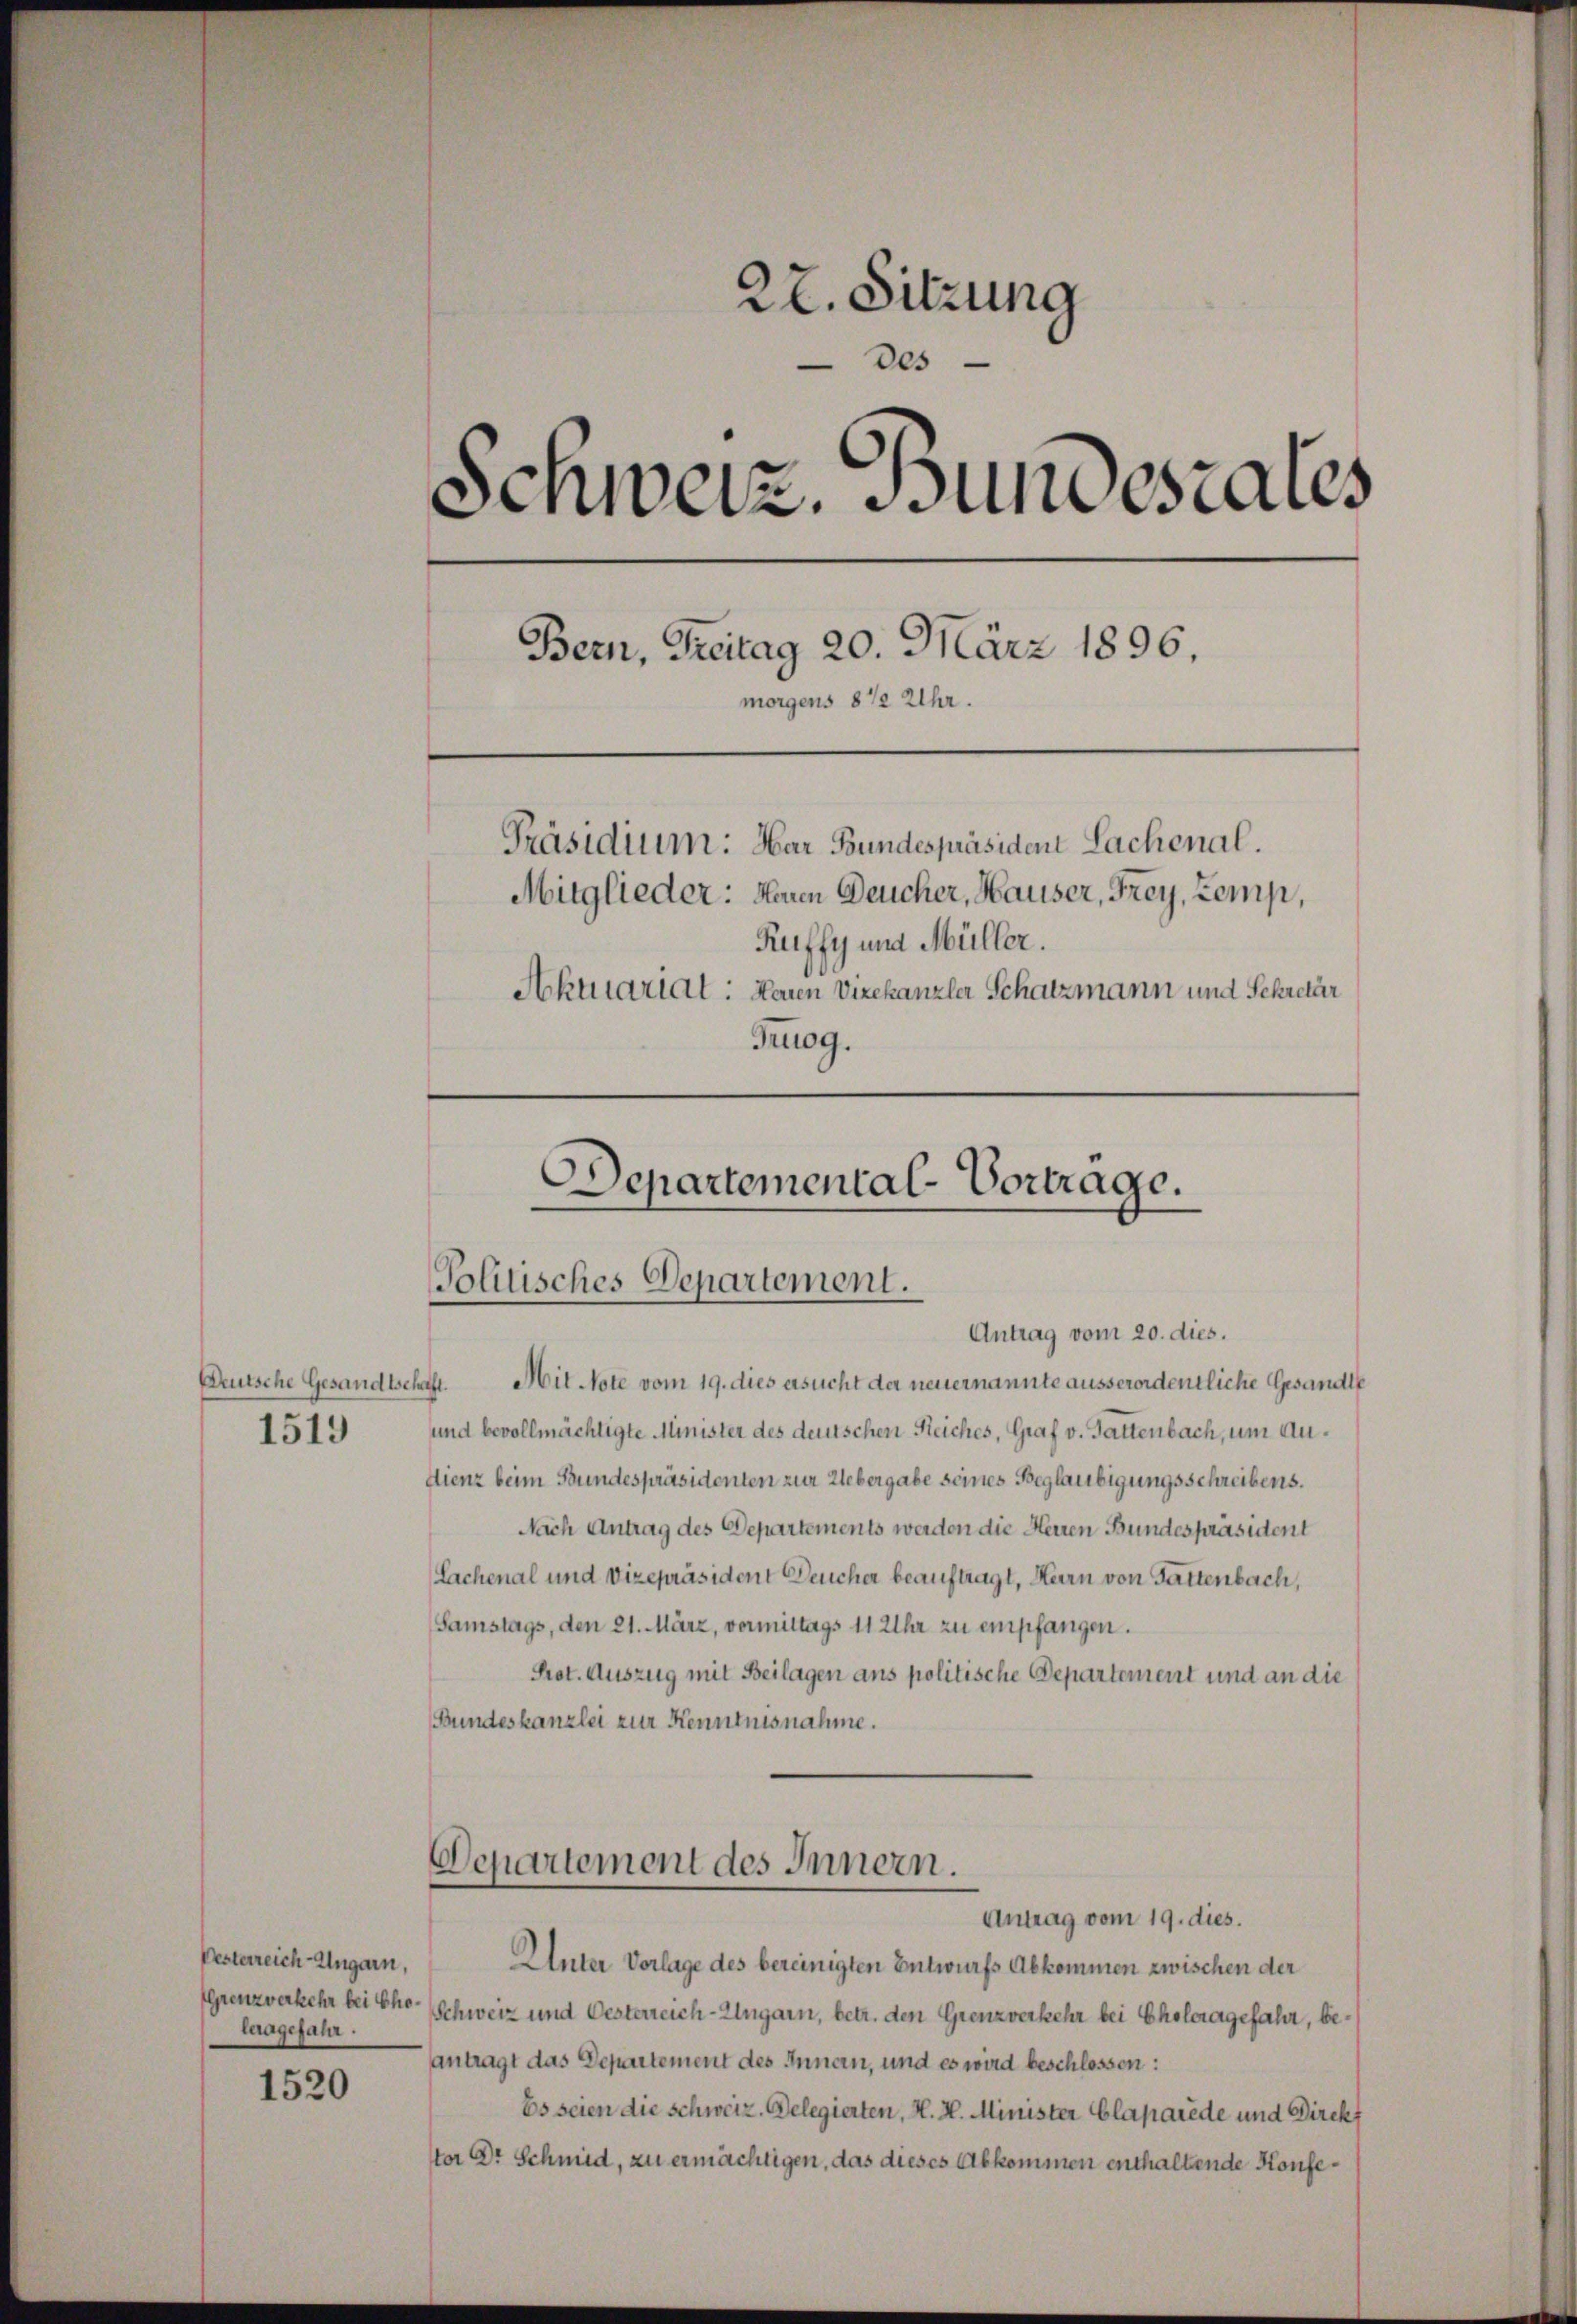
Deutsche Gesandtschaft.
1519

Pesterreich-Ungarn,
Grenzverkehr bei Cholaagefahr.

1520

27. Sitzung
des
Schweiz. Bundestaus
Bern, Treitag 20. März 1896.
morgens 8 1/2 Uhr.
Präsidium: Har Bundespräsident Lachenal.
Mitglieder. Heren Deucher, Hauser, Frey, Zemp,
Ruffy und Müller.
Akutariat: Baren Vizekanzler Schatzmann und Sekretär
Truog.

Mit Note vom 19. dies ersucht der neuernannte ausserordentliche Gesandte
und bevollmächtigte Minister des deutschen Reiches, Graf v. Gattenbach, um Au¬
Lienz beim Bundespräsidenten zur Uebergabe seines Beglaubigungsschreibens.
Nach Antrag des Departements werden die Herren Bundespräsident
Lachenal und Vizepräsident Deucher beauftragt, Herrn von Gattenbach,
Samstags, den 21. März, vermittags 11 Uhr zu empfangen.
Prot. Auszug mit Beilagen ans politische Departement und an die
Bundeskanzlei zur Kenntnisnahme.
Departement des Innern.
.

Unter Vorlage des bereinigten Entwurfs Abkommen zwischen der
Schweiz und Oesterreich-Ungarn, betr. den Grenzverkehr bei Choleragefahr, beantragt das Departement des Innen, und es wird beschlossen:
Es seien die Schweiz. Delegierten, H. H. Minister Claparede und Direkt
tor Dr Schmid, zu ermächtigen, das dieses Abkommen enthaltende Konfe¬

Departemental-Vortrage.
Politisches Departement.
Antrag vom 20. dies.

Antrag vom 19. dies.